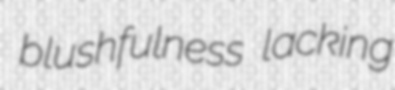
blushfulness lacking